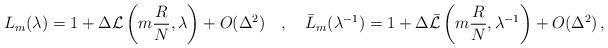
LaTeX: \begin{align*}L_{m}(\lambda)=1+\Delta {\cal L}\left (m\frac {R}{N},\lambda\right) +O(\Delta ^2) \quad, \quad\bar L_{m}(\lambda ^{-1})=1+\Delta \bar {\cal L}\left (m\frac {R}{N},\lambda ^{-1}\right)+O(\Delta ^2) \, ,\end{align*}